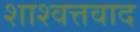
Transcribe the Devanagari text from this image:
शाश्वत्तवाद